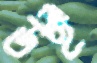
উঁই